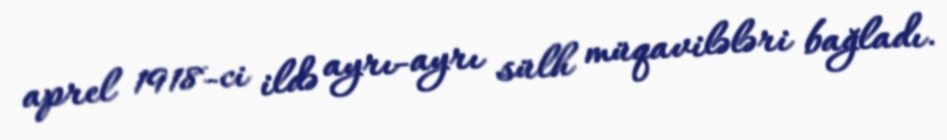
aprel 1918-ci ildə ayrı-ayrı sülh müqavilələri bağladı.